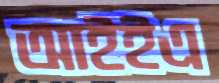
আইইএ